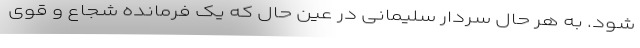
شود. به هر حال سردار سلیمانی در عین حال که یک فرمانده شجاع و قوی